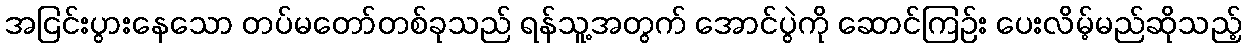
အငြင်းပွားနေသော တပ်မတော်တစ်ခုသည် ရန်သူ့အတွက် အောင်ပွဲကို ဆောင်ကြဉ်း ပေးလိမ့်မည်ဆိုသည့်